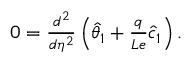
\begin{array} { r } { 0 = \frac { d ^ { 2 } } { d \eta ^ { 2 } } \left( \hat { \theta } _ { 1 } + \frac { q } { L e } \hat { c } _ { 1 } \right) . } \end{array}